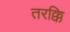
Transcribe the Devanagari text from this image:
तरक्कि